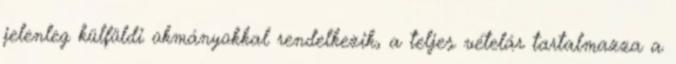
jelenleg külföldi okmányokkal rendelkezik, a teljes vételár tartalmazza a